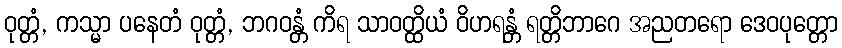
ဝုတ္တံ, ကသ္မာ ပနေတံ ဝုတ္တံ, ဘဂဝန္တံ ကိရ သာဝတ္ထိယံ ဝိဟရန္တံ ရတ္တိဘာဂေ အညတရော ဒေဝပုတ္တော